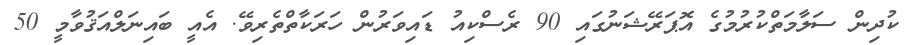
ކުދިން ސަލާމަތްކުރުމުގެ އޮޕަރޭޝަނުގައި 90 ރެސްކިއު ޑައިވަރުން ހަރަކާތްތެރިވޭ. އެއީ ބައިނަލްއަޤުވާމީ 50